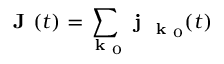
\textbf { J } ( t ) = \sum _ { \textbf { k } _ { 0 } } \textbf { j } _ { \textbf { k } _ { 0 } } ( t )